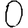
Digit: 0